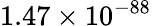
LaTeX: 1.47\times 10^{-88}